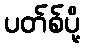
ပတ်စ်ပို့